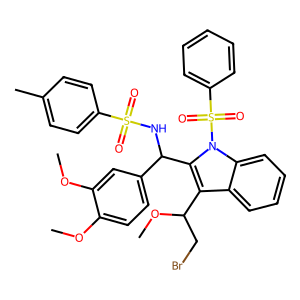
SMILES: COc1ccc(C(NS(=O)(=O)c2ccc(C)cc2)c2c(C(CBr)OC)c3ccccc3n2S(=O)(=O)c2ccccc2)cc1OC
Inhibits HIV replication: No